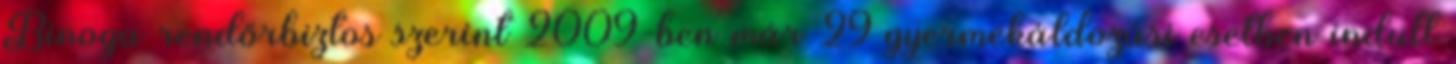
Binoga rendőrbiztos szerint 2009-ben már 29 gyermekáldozási esetben indult